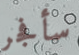
سأفجر